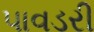
પાવડરી